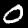
Label: 0